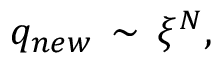
q _ { n e w } \, \sim \, \xi ^ { N } ,